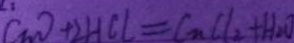
C n O + 2 H C l = C _ { n } C l _ { 2 } + H _ { 2 } O